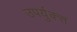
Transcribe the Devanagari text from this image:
उपर्युक्त्त